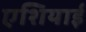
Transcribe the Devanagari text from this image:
एशियाई